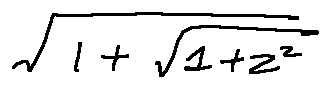
\sqrt { 1 + \sqrt { 1 + z ^ { 2 } } }